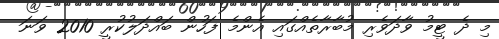
މި ދެ ޓީމު ވާދަވެރި މުބާރާތެއްގައި އެންމެ ފަހުން ބައްދަލުކުރީ 2010 ވަނަ